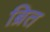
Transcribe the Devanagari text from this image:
ब्रित